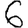
Digit: 6